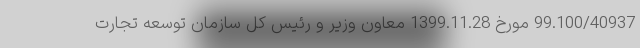
99.100/40937 مورخ 1399.11.28 معاون وزیر و رئیس کل سازمان توسعه تجارت